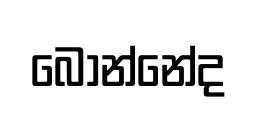
බොන්නේද